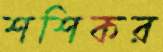
শশিকর